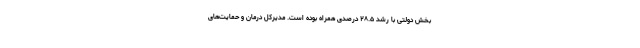
بخش دولتی با رشد ۲۸.۵ درصدی همراه بوده است. مدیرکل درمان و حمایت‌های